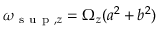
\omega _ { \mathrm { ~ s ~ u ~ p ~ } , z } = \Omega _ { z } ( a ^ { 2 } + b ^ { 2 } )